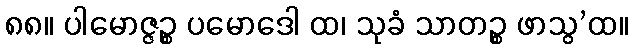
၈၈။ ပါမောဇ္ဇဉ္စ ပမောဒေါ ထ၊ သုခံ သာတဉ္စ ဖာသွ’ထ။